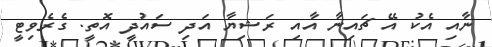
ނާއި އެކު އޭ ޗައިނާ އާއި ރަޝިޔާ އަދި ސައުދީ އޮތީ. ގެރެވިޓީ